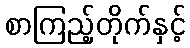
စာကြည့်တိုက်နှင့်